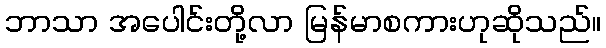
ဘာသာ အပေါင်းတို့လာ မြန်မာစကားဟုဆိုသည်။